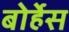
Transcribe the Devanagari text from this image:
बोर्हेस